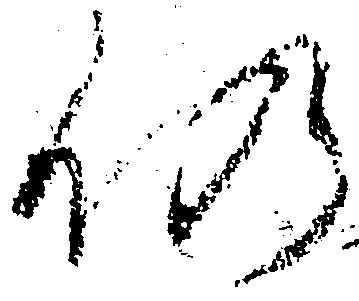
仍